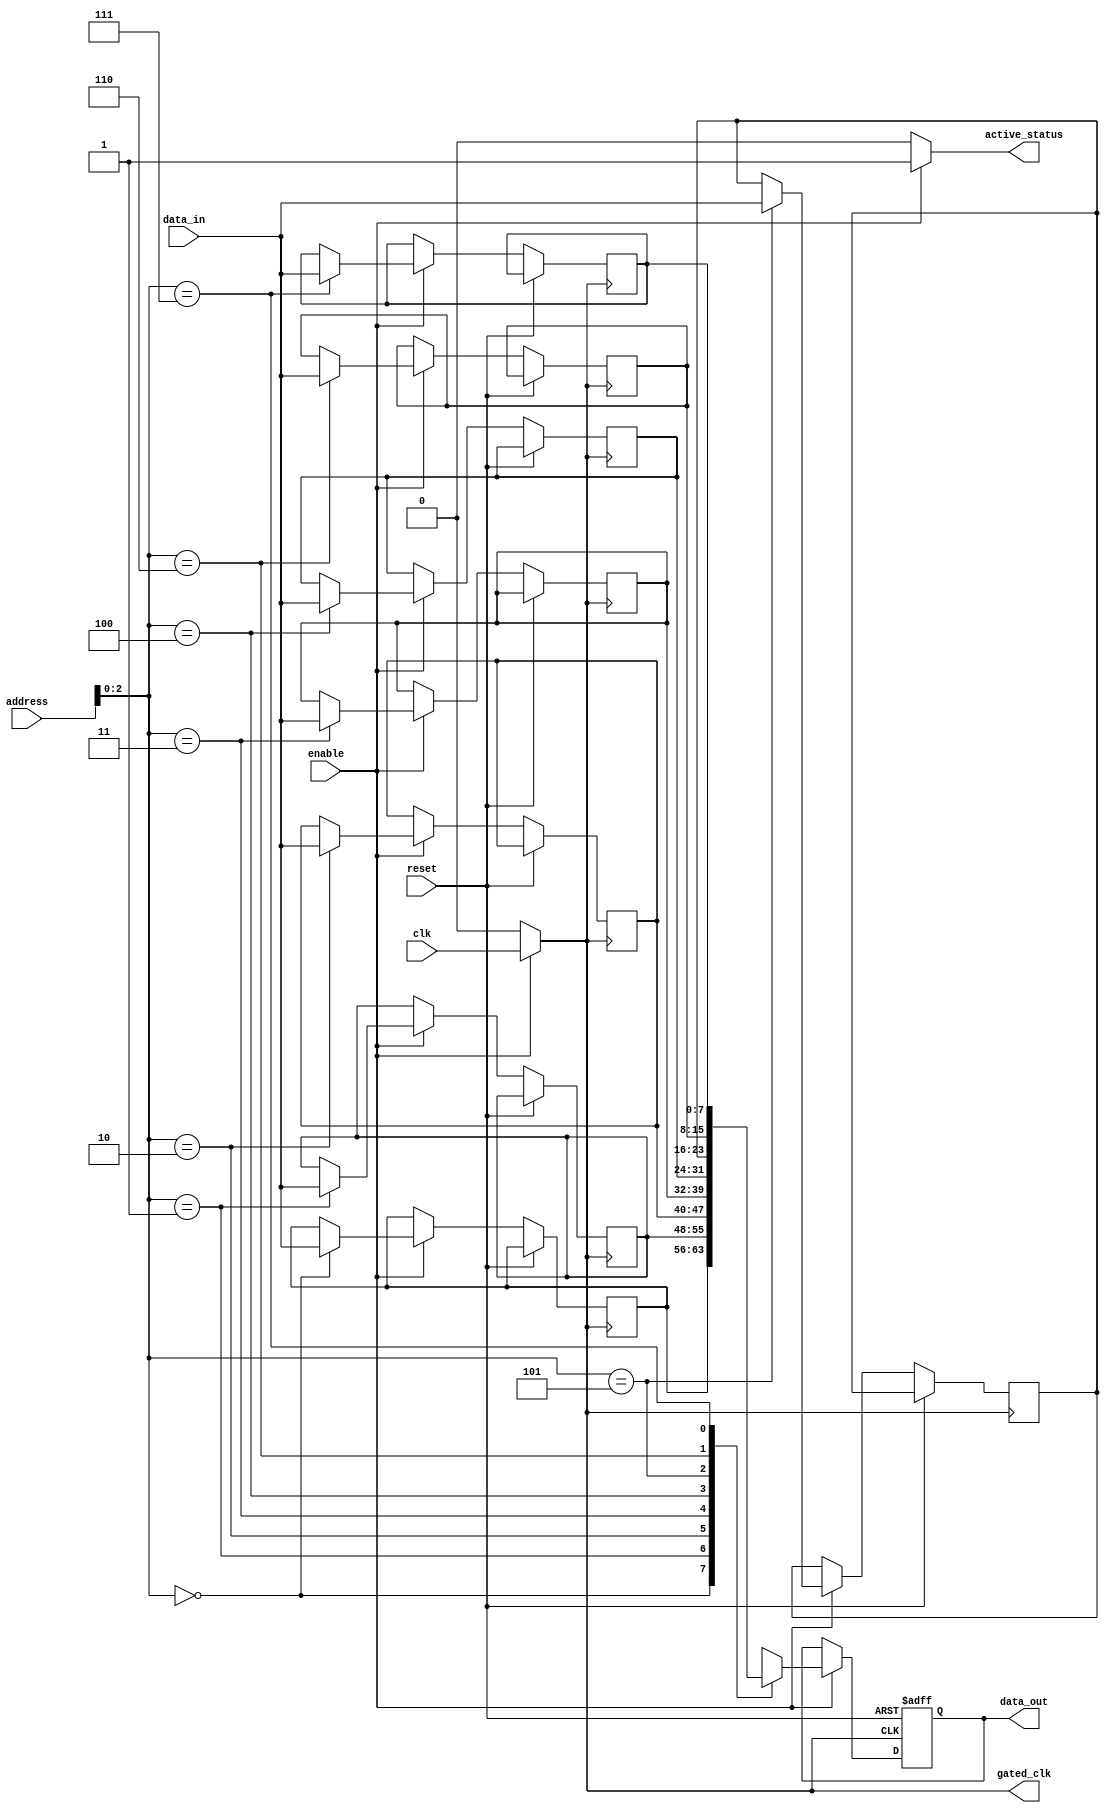
module memory_block_conditional_clock_gating (
    input wire clk,                      // Original clock signal
    input wire reset,                    // Reset signal
    input wire enable,                   // Control signal to enable memory access
    input wire [7:0] data_in,            // Data input
    input wire [3:0] address,            // Address input
    output reg [7:0] data_out,           // Data output
    output wire gated_clk,               // Gated clock output
    output reg active_status              // Status indicator for memory active
);

// Memory array (8 entries of 8-bit wide)
reg [7:0] memory [0:7];

// Clock gating logic
reg clk_gated;
assign gated_clk = clk_gated;

// Clock gating logic based on enable signal
always @(*) begin
    if (enable) begin
        clk_gated = clk;  // Enable clock when needed
        active_status = 1'b1;  // Indicate memory is active
    end else begin
        clk_gated = 1'b0;  // Disable clock when not needed
        active_status = 1'b0;  // Indicate memory is inactive
    end
end

// Memory operation on gated clock
always @(posedge gated_clk or posedge reset) begin
    if (reset) begin
        data_out <= 8'b0; // Reset the data output
    end else if (enable) begin
        data_out <= memory[address]; // Read operation
        // For write operation, assume a separate control signal for write
        memory[address] <= data_in; // Write operation (assumed to be enabled)
    end
end

endmodule